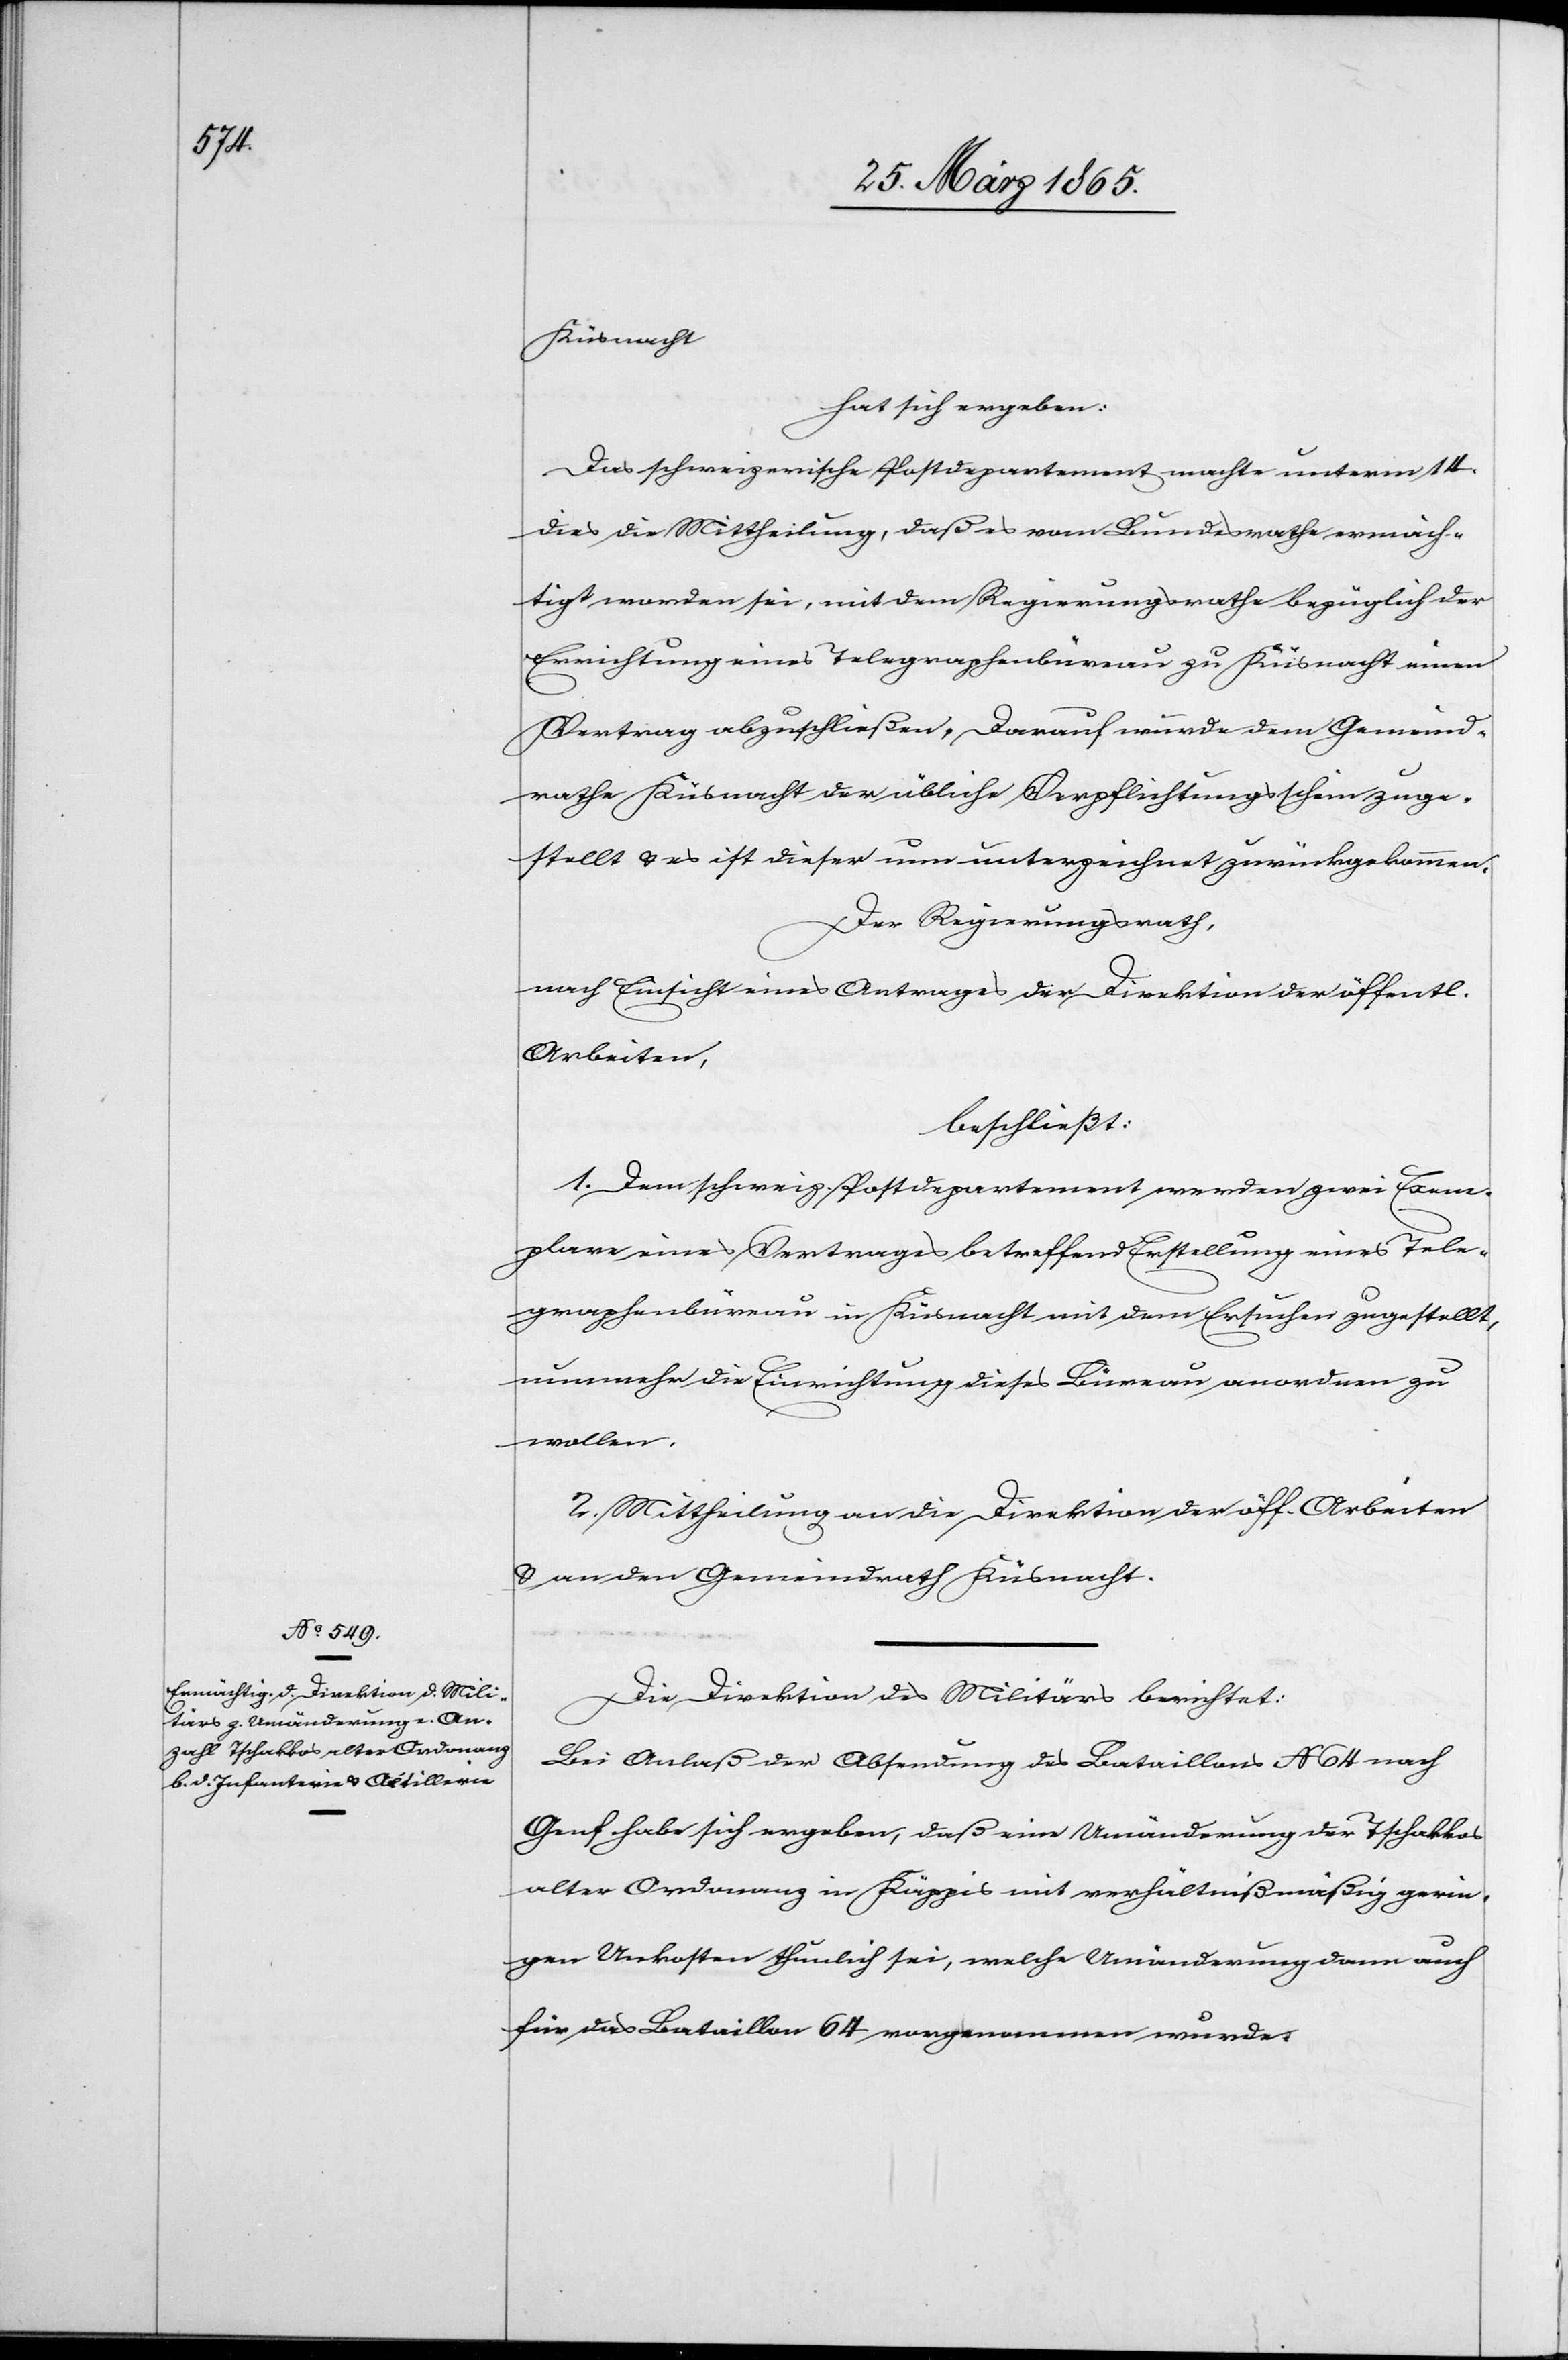
Küsnacht
hat sich ergeben:
Das schweizerische Postdepartement machte unterm 14.
dies die Mittheilung, daß es vom Bundesrathe ermäch¬
tigt worden sei, mit dem Regierungsrathe bezüglich der
Errichtung eines Telegraphenbüreau zu Küsnacht einen
Vertrag abzuschließen. Darauf wurde dem Gemeind¬
rathe Küsnacht der übliche Verpflichtungsschein zuge¬
stellt & es ist dieser nun unterzeichnet zurückgekommen.
Der Regierungsrath,
nach Einsicht eines Antrages der Direktion der öffentl.
Arbeiten,
beschließt:
1. Dem schweiz. Postdepartement werden zwei Exem¬
plare eines Vertrages betreffend Erstellung eines Tele¬
graphenbüreau in Küsnacht mit dem Ersuchen zugestellt,
nunmehr die Einrichtung dieses Büreau anordnen zu
wollen.
2. Mittheilung an die Direktion der öff. Arbeiten
& an den Gemeindrath Küsnacht.
Die Direktion des Militärs berichtet:
Bei Anlaß der Absendung des Bataillons No 64 nach
Genf habe sich ergeben, daß eine Umänderung der Tschakkos
alter Ordonanz in Käppis mit verhältnißmäßig gerin¬
gen Unkosten thunlich sei, welche Umänderung dann auch
für das Bataillon 64 vorgenommen wurde.